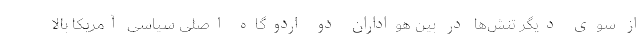
از سوی دیگر تنش‌ها در بین هواداران دو اردوگاه اصلی سیاسی آمریکا بالا